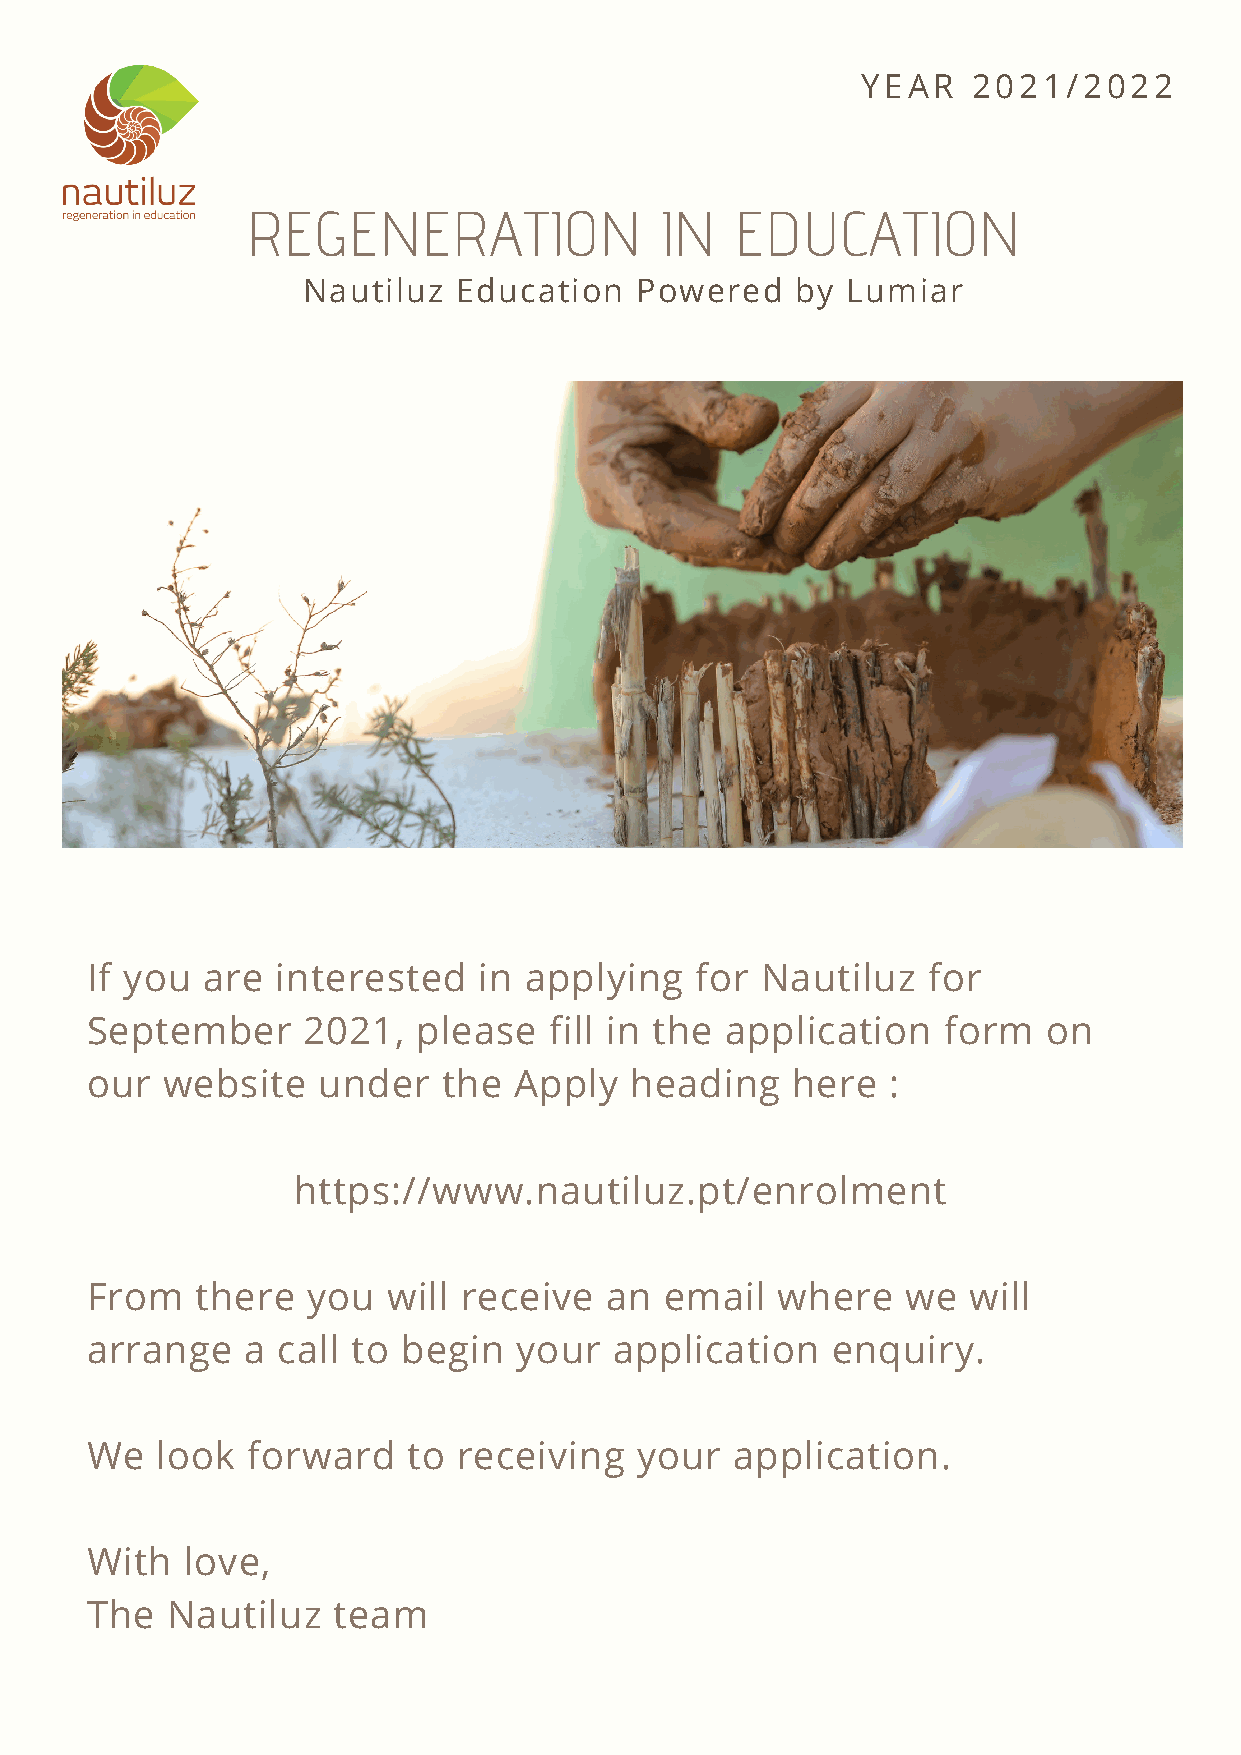
YEAR   2021/2022
 REGENERATION                IN   EDUCATION
 Nautiluz  Education   Powered    by Lumiar
 If you are  interested    in applying   for Nautiluz   for
 September     2021,   please  fill in the application   form   on
 our  website   under   the  Apply   heading   here   :
 https://www.nautiluz.pt/enrolment
 From   there  you   will receive  an  email  where    we  will
 arrange   a call to  begin  your   application   enquiry.
 We  look  forward    to receiving   your   application.
 With  love,
 The  Nautiluz   team